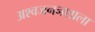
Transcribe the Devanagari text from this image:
अश्वजननशाला